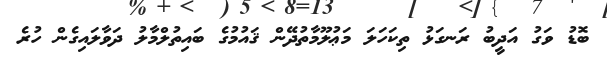
ބޮޑު ވަގު އަދީބު ރަނގަޅު ތިކަހަލަ މަޢުލޫމާތުދޭން ޤައުމުގެ ބައިތުލްމާލު ދަވާލައިގެން ހުރެ